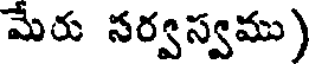
మేరు సర్వస్వము)